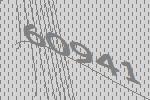
60941